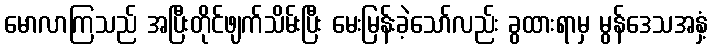
မောလာကြသည် အပြီးတိုင်ဖျက်သိမ်းပြီး မေးမြန်းခဲ့သော်လည်း ခွထားရာမှ မွန်ဒေသအနှံ့